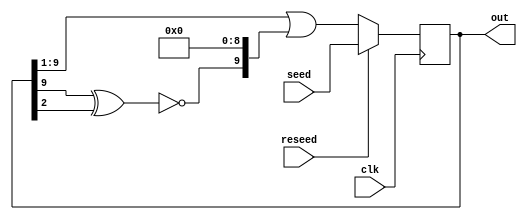
`timescale 1ns / 1ps
//////////////////////////////////////////////////////////////////////////////////
// Company: 
// Engineer: 
// 
// Design Name: 
// Module Name:    LFSR 
// Project Name: 
// Target Devices: 
// Tool versions: 
// Description: 
//
// Dependencies: 
//
// Revision: 
// Revision 0.01 - File Created
// Additional Comments: 
//
//////////////////////////////////////////////////////////////////////////////////
module LFSR(
	 input clk,
	 input [9:0] seed,
	 input reseed,
	 output [9:0] out
    );
	 
  reg [9:0] r;

  always@(posedge clk)
  begin
    if(reseed)
	   r = seed;
	 else begin
	   // tap sequence [10, 3, 0]
	   r = (r >> 1) | (r[9]^r[2]^1'b1) << 9;
	 end
  end
  
  assign out = r;

endmodule